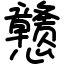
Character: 戆